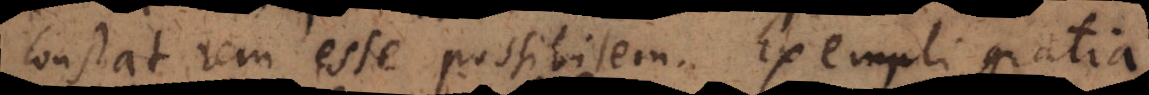
constat rem esse possibilem. Exempli gratia